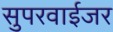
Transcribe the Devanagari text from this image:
सुपरवाईजर